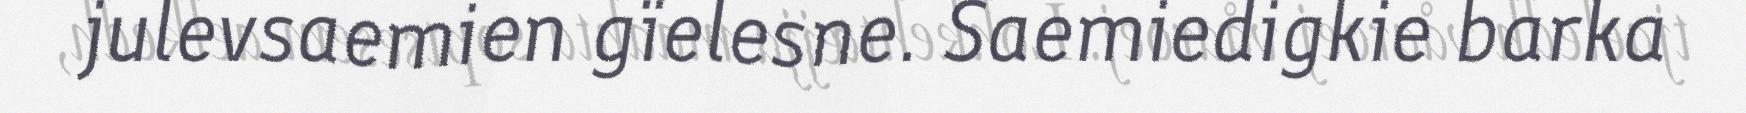
julevsaemien gïelesne. Saemiedigkie barka